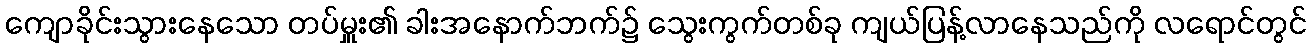
ကျောခိုင်းသွားနေသော တပ်မှူး၏ ခါးအနောက်ဘက်၌ သွေးကွက်တစ်ခု ကျယ်ပြန့်လာနေသည်ကို လရောင်တွင်